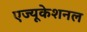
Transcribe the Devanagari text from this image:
एज्यूकेशनल